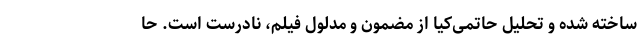
ساخته شده و تحلیل حاتمی‌کیا از مضمون و مدلول فیلم، نادرست است. حا